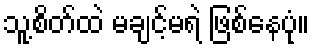
သူ့စိတ်ထဲ မချင့်မရဲ ဖြစ်နေပုံ။